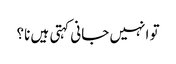
تو انہیں جانی کہتی ہیں نا؟